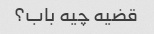
قضیه چیه باب؟